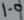
Text: 1.0